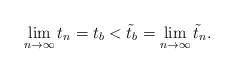
\begin{align*}\lim_{n\to\infty}t_n=t_b<\tilde t_b=\lim_{n\to\infty}\tilde t_n.\end{align*}